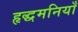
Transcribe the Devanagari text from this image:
हृद्धमनियाँ